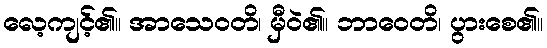
လေ့ကျင့်၏။ အာသေဝတိ၊ မှီဝဲ၏။ ဘာဝေတိ၊ ပွားစေ၏။